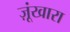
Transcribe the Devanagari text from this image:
ज़ूंखारा